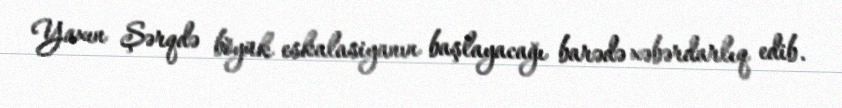
Yaxın Şərqdə böyük eskalasiyanın başlayacağı barədə xəbərdarlıq edib.